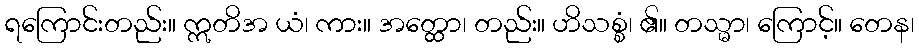
ရကြောင်းတည်း။ ဣတိအ ယံ၊ ကား။ အတ္ထော၊ တည်း။ ဟိသစ္စံ၊ ၏။ တသ္မာ၊ ကြောင့်။ တေန၊